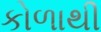
કોળાથી